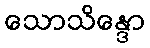
သောသိန္ဒော